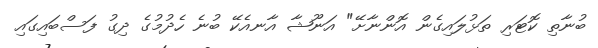
ބުނާތި ކޮޓަރި ތަޅުލައިގެން އޮންނާށޭ" އަނޫޝާ އާނއެކޭ ބުނެ ހެދުމުގެ ދިގު ފަސްބައިގައި